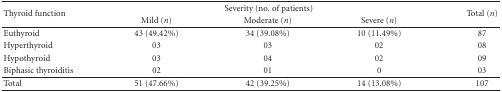
<table><thead><tr><td rowspan="2"><b>Thyroid function </b></td><td colspan="3"><b>Severity (no. of patients)</b></td><td rowspan="2"><b>Total (<i>n</i>)</b></td></tr><tr><td><b>Mild (<i>n</i>)</b></td><td><b>Moderate (<i>n</i>)</b></td><td><b>Severe (<i>n</i>)</b></td></tr></thead><tbody><tr><td>Euthyroid </td><td>43 (49.42%)</td><td>34 (39.08%)</td><td>10 (11.49%)</td><td>87</td></tr><tr><td>Hyperthyroid</td><td>03</td><td>03</td><td>02</td><td>08</td></tr><tr><td>Hypothyroid </td><td>03 </td><td>04</td><td>02</td><td>09</td></tr><tr><td>Biphasic thyroiditis</td><td>02</td><td>01</td><td>0</td><td>03</td></tr><tr><td>Total </td><td>51 (47.66%)</td><td>42 (39.25%)</td><td>14 (13.08%)</td><td>107</td></tr></tbody></table>